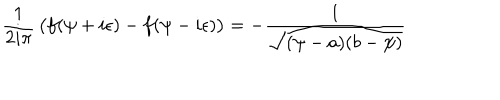
{ \frac { 1 } { 2 i \pi } } \left( \strut f ( \psi + i \epsilon ) - f ( \psi - i \epsilon ) \right) = - { \frac { 1 } { \sqrt { ( \psi - a ) ( b - \psi ) } } }